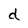
Character: d